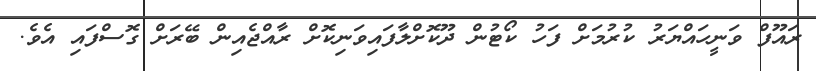
ރައޫފް ވަނީހައްޔަރު ކުރުމަށް ފަހު ކޯޓުން ދޫކޮށްލާފައިވަނިކޮށް ރާއްޖެއިން ބޭރަށް ގޮސްފައި އެވެ.